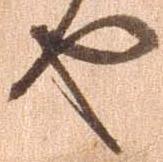
や